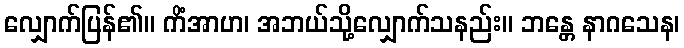
လျှောက်ပြန်၏။ ကိံအာဟ၊ အဘယ်သို့လျှောက်သနည်း။ ဘန္တေ နာဂသေန၊